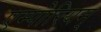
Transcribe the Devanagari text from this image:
एम्पोरियम्